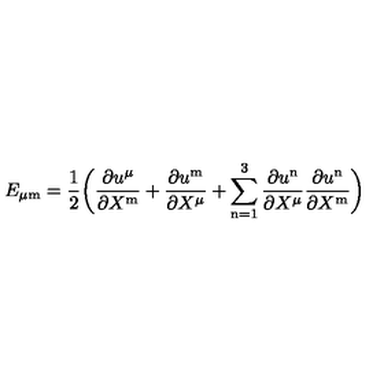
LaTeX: E _ { \mu \mathrm { m } } = { \frac { 1 } { 2 } } \biggl ( { \frac { \partial u ^ { \mu } } { \partial X ^ { \mathrm { m } } } } + { \frac { \partial u ^ { \mathrm { m } } } { \partial X ^ { \mu } } } + \sum _ { \mathrm { n } = 1 } ^ { 3 } { \frac { \partial u ^ { \mathrm { n } } } { \partial X ^ { \mu } } } { \frac { \partial u ^ { \mathrm { n } } } { \partial X ^ { \mathrm { m } } } } \biggr )